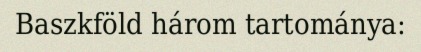
Baszkföld három tartománya: